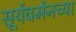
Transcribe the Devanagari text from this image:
सूर्यवर्मनच्या